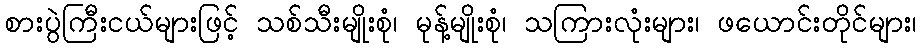
စားပွဲကြီးငယ်များဖြင့် သစ်သီးမျိုးစုံ၊ မုန့်မျိုးစုံ၊ သကြားလုံးများ၊ ဖယောင်းတိုင်များ၊